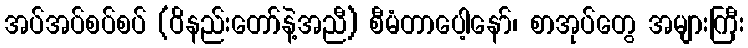
အပ်အပ်စပ်စပ် (ဝိနည်းတော်နဲ့အညီ) စီမံတာပေါ့နော်၊ စာအုပ်တွေ အများကြီး